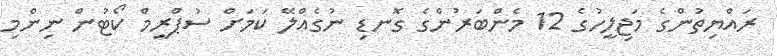
ރައްޔިތުންގެ މަޖިލީހުގެ 12 މެންބަރުންގެ ގޮނޑި ނުގެއްލޭ ކަމަށް ސުޕްރީމް ކޯޓުން ނިންމި